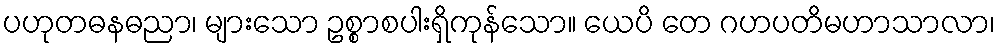
ပဟုတဓနဓညာ၊ များသော ဥစ္စာစပါးရှိကုန်သော။ ယေပိ တေ ဂဟပတိမဟာသာလာ၊